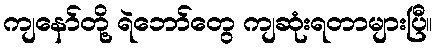
ကျနော်တို့ ရဲဘော်တွေ ကျဆုံးရတာများပြီ။